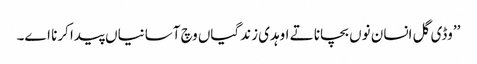
’’وڈی گل انسان نوں بچانا تے اوہدی زندگیاں وچ آسانیاں پیدا کرنا اے۔